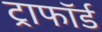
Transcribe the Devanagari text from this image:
ट्राफॉर्ड